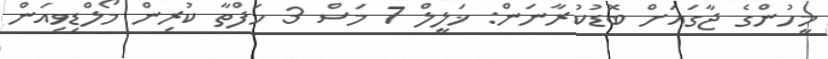
މީހުންގެ ޖާގައަށް ބޮޑުކުރާނަން: ޚަލީލް 7 މަސް 3 ހަފްތާ ކުރިން މޯލްޑިވިއަން